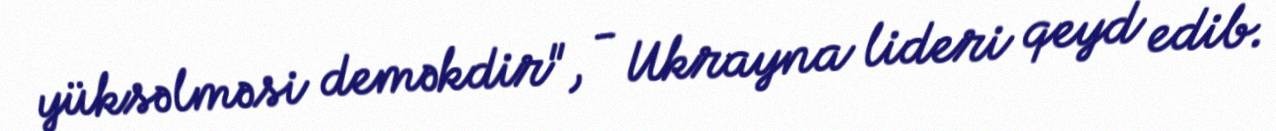
yüksəlməsi deməkdir", - Ukrayna lideri qeyd edib.